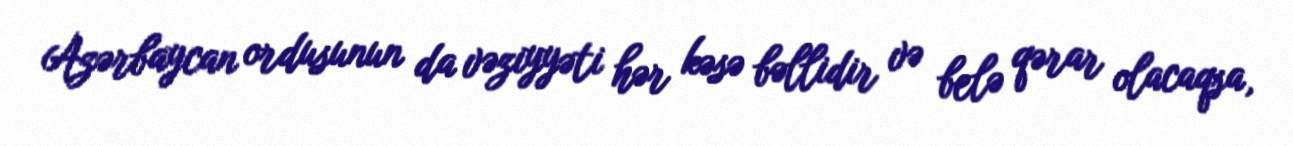
Azərbaycan ordusunun da vəziyyəti hər kəsə bəllidir və belə qərar olacaqsa,